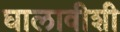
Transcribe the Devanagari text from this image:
घालावीशी